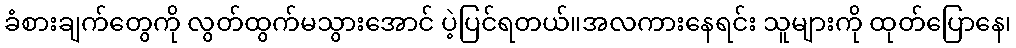
ခံစားချက်တွေကို လွတ်ထွက်မသွားအောင် ပဲ့ပြင်ရတယ်။အလကားနေရင်း သူများကို ထုတ်ပြောနေ၊